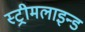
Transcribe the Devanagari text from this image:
स्ट्रीमलाइन्ड